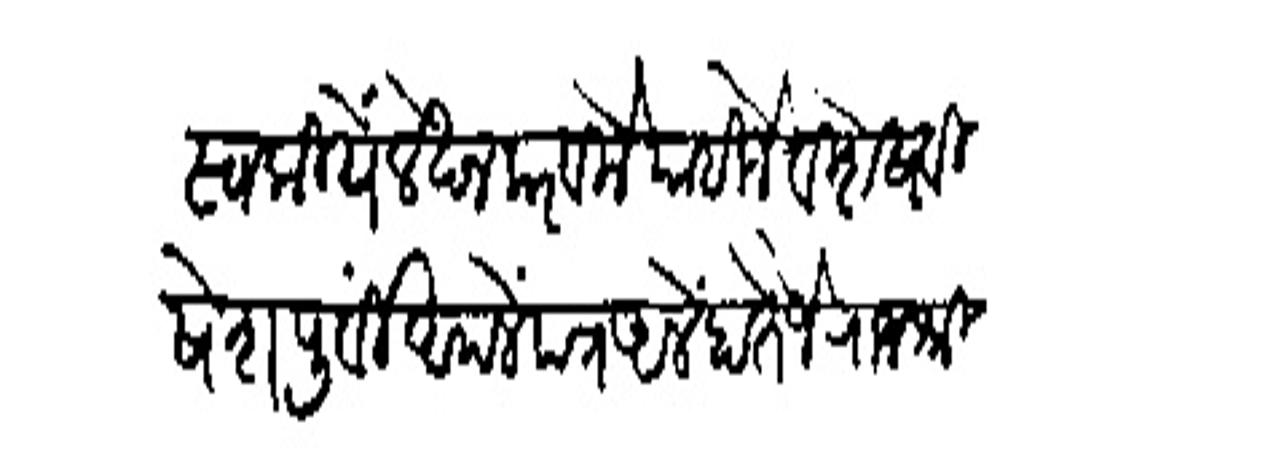
Transliteration (Devanagari): स्वकीयें लेखन करविले पाहिजे विशेष विषेश पूर्वों आपले पत्र आलें होते जे राजधी